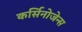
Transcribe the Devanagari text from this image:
कर्सिनोजेन्स